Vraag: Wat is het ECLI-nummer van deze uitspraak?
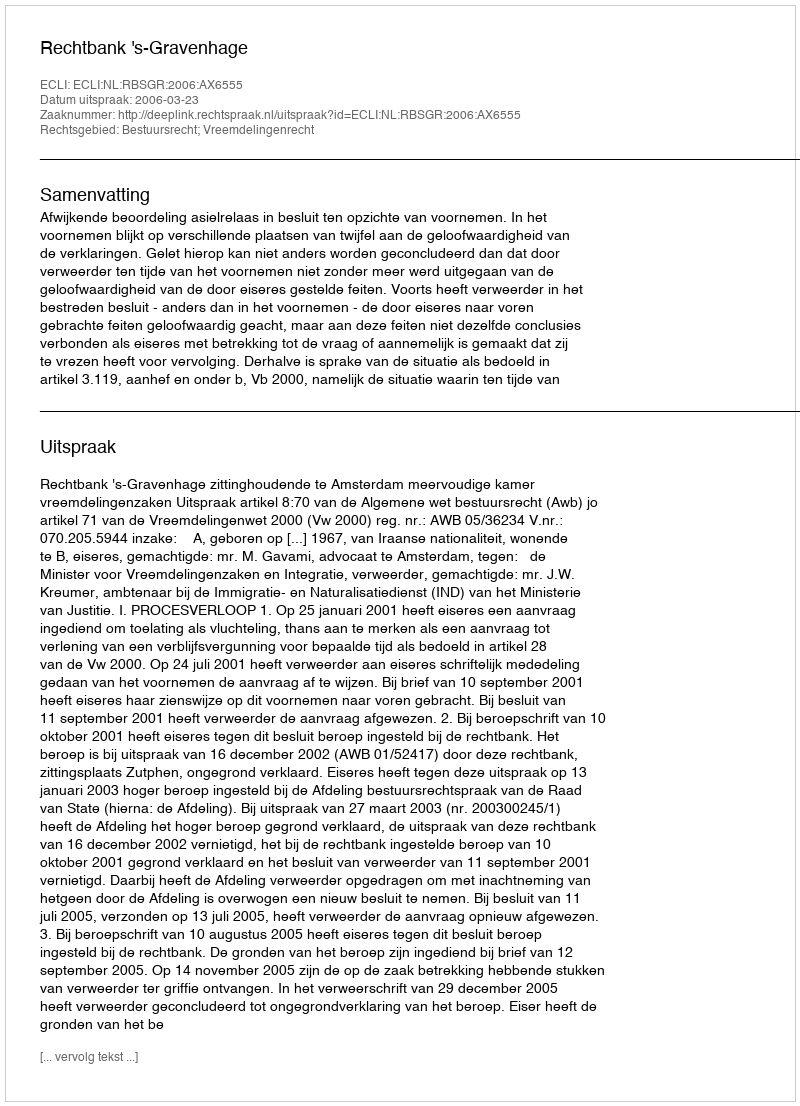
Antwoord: ECLI:NL:RBSGR:2006:AX6555